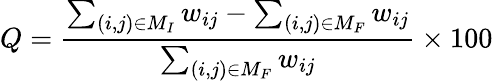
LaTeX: Q=\frac{\sum_{(i,j)\in M_{I}}w_{ij}-\sum_{(i,j)\in M_{F}}w_{ij}}{\sum_{(i,j)\in M_{F}}w_{ij}}\times 100\